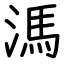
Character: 溤